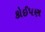
કોઈપણ